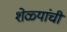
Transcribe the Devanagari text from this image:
शेळ्यांची